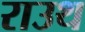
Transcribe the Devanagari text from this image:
राउथ